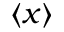
\langle x \rangle